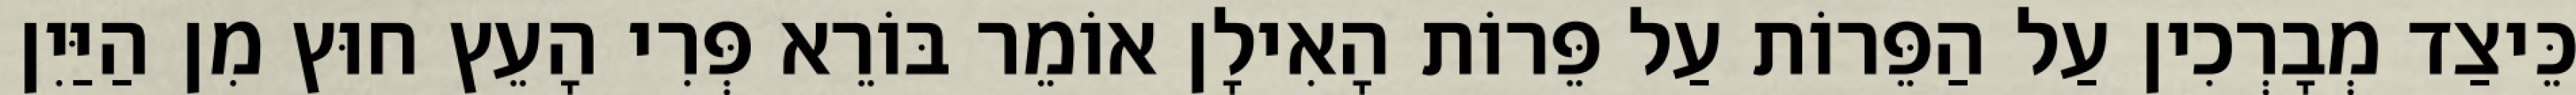
כֵּיצַד מְבָרְכִין עַל הַפֵּרוֹת עַל פֵּרוֹת הָאִילָן אוֹמֵר בּוֹרֵא פְּרִי הָעֵץ חוּץ מִן הַיַּיִן